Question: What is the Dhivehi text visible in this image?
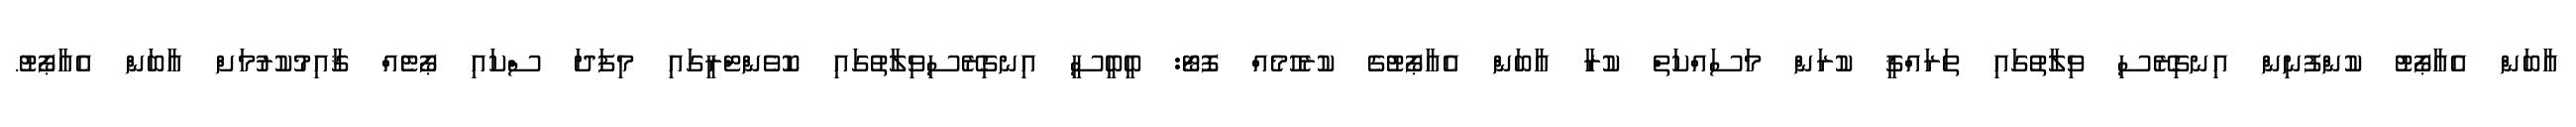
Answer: އާބަން އެއާޕޯޓު ކުންފުނިން އިނގިރޭސި ވިލާތުގައި ތަރައްޤީ ކުރަން މަސައްކަތް ކުރާ އާބަން އެއާޕޯޓުގެ ކުރެހުމެއް ފޮޓޯ: ބީބީސީ އިނގިރޭސިވިލާތުގައި ކޮވެންޓްރީގައި މިފަދަ ސްކައި ޕޯޓެއް ޤާއިމުކުރުމަށް އާބަން އެއާޕޯޓު.